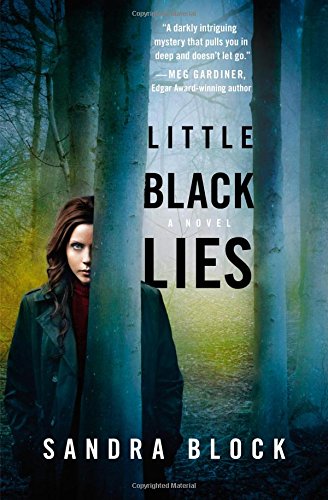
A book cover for Little Black Lies; Sandra Block; Mystery, Thriller & Suspense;